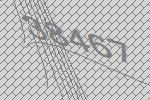
38467